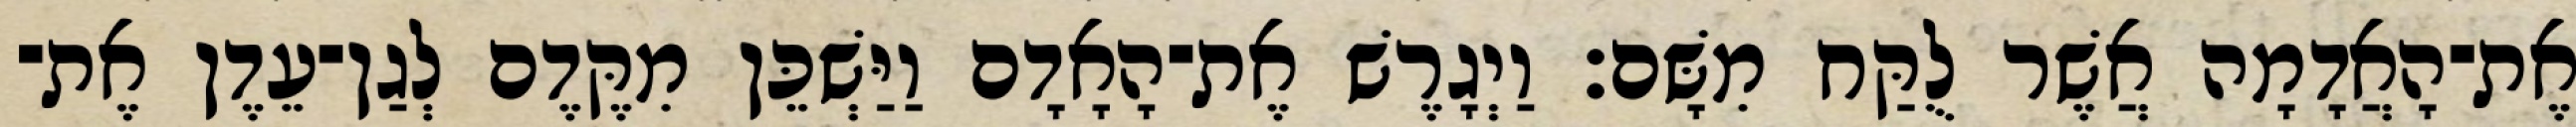
אֶת־הָאֲדָמָה אֲשֶׁר לֻקַּח מִשָּׁם׃ וַיְגָרֶשׁ אֶת־הָאָדָם וַיַּשְׁכֵּן מִקֶּדֶם לְגַן־עֵדֶן אֶת־